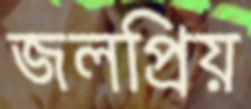
জলপ্রিয়